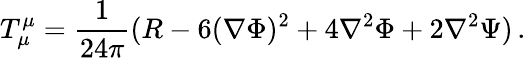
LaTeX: T_{\mu}^{\mu}=\frac{1}{24\pi}(R-6(\nabla\Phi)^{2}+4\nabla^{2}\Phi+2\nabla^{2}\Psi)\, .